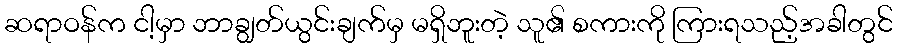
ဆရာဝန်က ငါ့မှာ ဘာချွတ်ယွင်းချက်မှ မရှိဘူးတဲ့ သူ၏ စကားကို ကြားရသည့်အခါတွင်